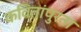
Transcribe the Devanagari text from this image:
कवितांपुरता